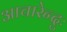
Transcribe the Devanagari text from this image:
आचारेन्दुः